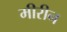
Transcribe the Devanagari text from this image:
मीरीन